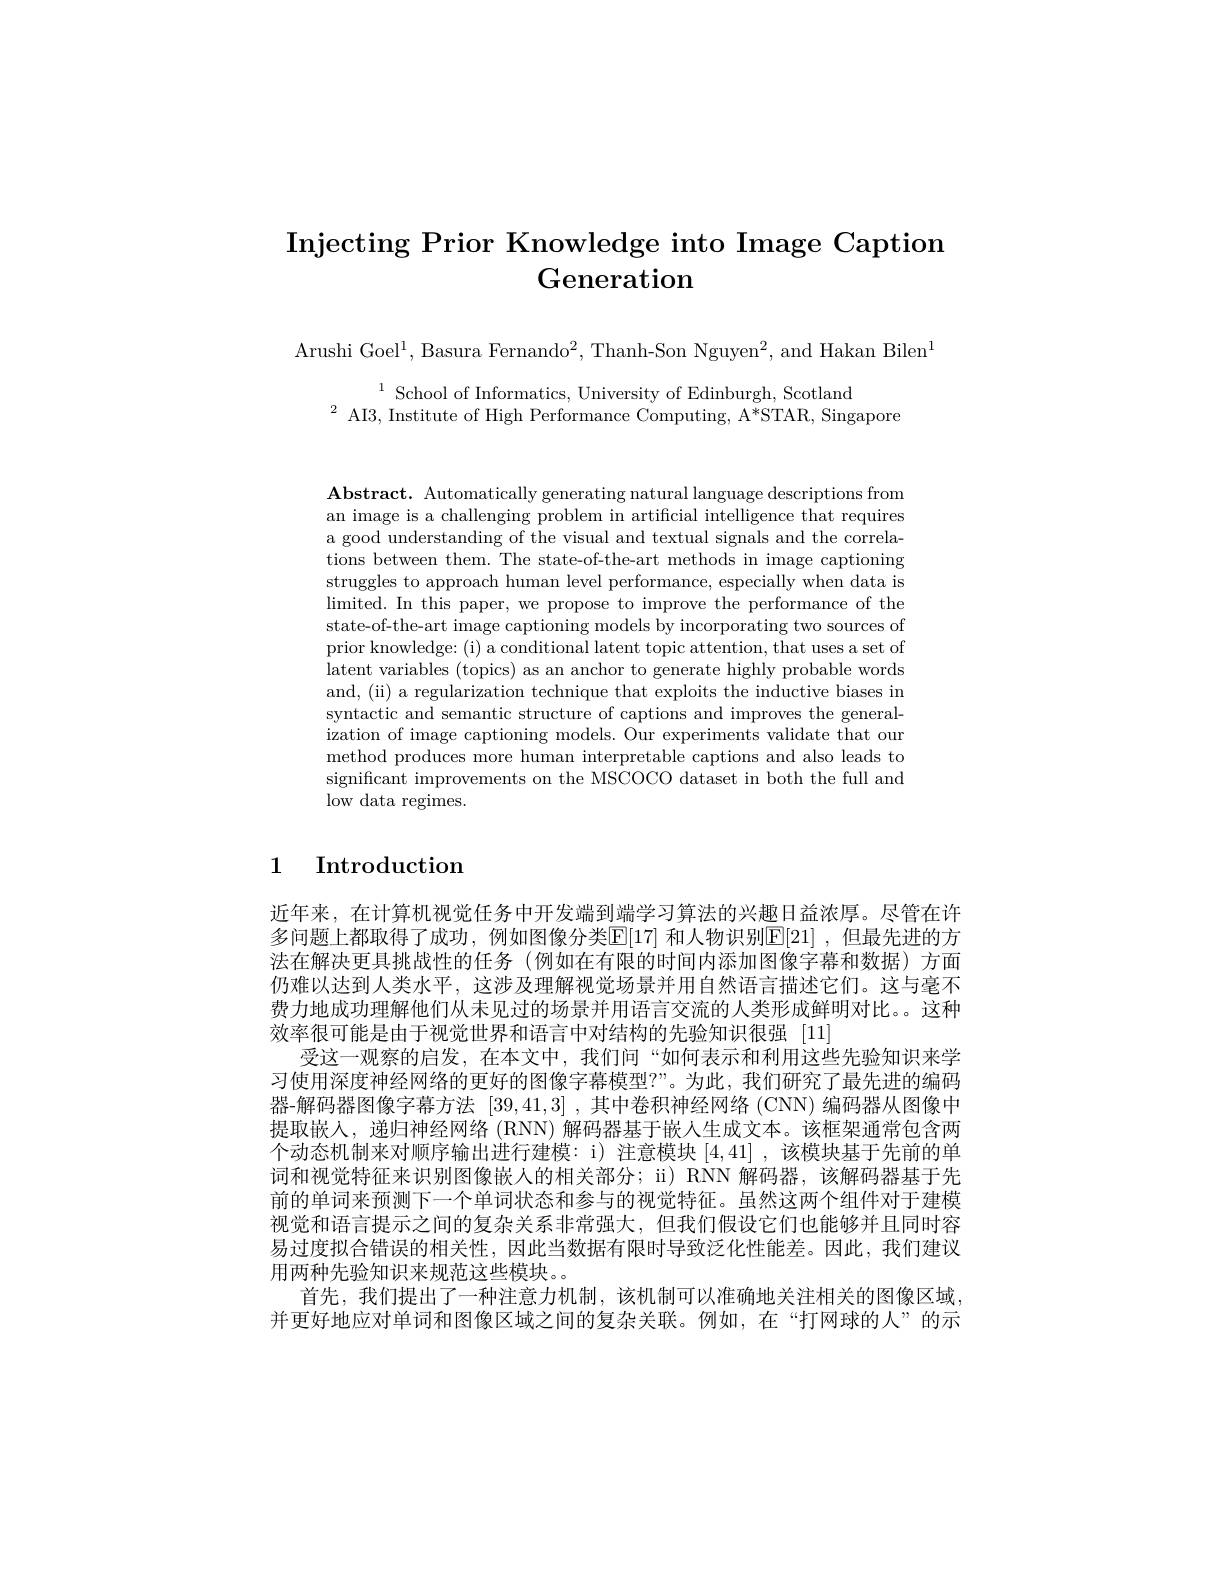
# Injecting Prior Knowledge into Image Caption Generation

Arushi Goel$^1$,Basura Fernando$^2$,Thanh-Son Nguyen$^2$,and Hakan Bilen$^1$

$^{1}$ School of Informatics, University of Edinburgh, Scotland
$^{2}$AI3, Institute of High Performance Computing, A*STAR, Singapore

$\mathbf{Abstract.~Automatically~generating~natural~language~descriptions~from}$ an image is a challenging problem in artificial intelligence that requires a good understanding of the visual and textual signals and the correlations between them. The state-of-the-art methods in image captioning struggles to approach human level performance, especially when data is $\operatorname*{limited.~In~this~paper,~we~propose~to~improve~the~performance~of~the}$ state-of-the-art image captioning models by incorporating two sources of prior knowledge: (i) a conditional latent topic attention, that uses a set of latent variables (topics) as an anchor to generate highly probable words and, (ii) a regularization technique that exploits the inductive biases in syntactic and semantic structure of captions and improves the generalization of image captioning models. Our experiments validate that our method produces more human interpretable captions and also leads to significant improvements on the MSCOCO dataset in both the full and low data regimes.

# 1 Introduction

近年来，在计算机视觉任务中开发端到端学习算法的兴趣日益浓厚。尽管在许多问题上都取得了成功，例如图像分类E[17] 和人物识别$\mathbb{E}[21]$ ,但最先进的方法在解决更具挑战性的任务(例如在有限的时间内添加图像字幕和数据)方面仍难以达到人类水平，这涉及理解视觉场景并用自然语言描述它们。这与毫不费力地成功理解他们从未见过的场景并用语言交流的人类形成鲜明对比。这种效率很可能是由于视觉世界和语言中对结构的先验知识很强 [11]
受这一观察的启发，在本文中，我们间“如何表示和利用这些先验知识来学习使用深度神经网络的更好的图像字幕模型？”。为此，我们研究了最先进的编码器-解码器图像字幕方法[39,41,3] ,其中卷积神经网络 (CNN) 编码器从图像中提取嵌入，递归神经网络 (RNN) 解码器基于嵌人生成文本。该框架通常包含两个动态机制来对顺序输出进行建模：i) 注意模块[4,41] ,该模块基于先前的单词和视觉特征来识别图像嵌人的相关部分；ii) RNN 解码器，该解码器基于先前的单词来预测下一个单词状态和参与的视觉特征。虽然这两个组件对于建模视觉和语言提示之间的复杂关系非常强大，但我们假设它们也能够并且同时容易过度拟合错误的相关性，因此当数据有限时导致泛化性能差。因此，我们建议用两种先验知识来规范这些模块。。
首先，我们提出了一种注意力机制，该机制可以准确地关注相关的图像区域， 并更好地应对单词和图像区域之间的复杂关联。例如，在“打网球的人”的示